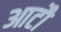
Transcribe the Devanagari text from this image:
आटौ